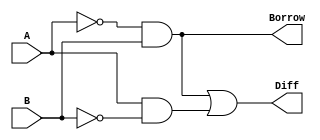
module half_subtractor(A, B, Diff, Borrow);
	input A,B;
	output Diff, Borrow;
	assign Diff = (~A&B)|(A&~B);
	assign Borrow = ~A&B;
endmodule

module full_subtractor(A, B, C, Diff, Borrow);
	input A,B,C;
	output Diff, Borrow;
	wire diff1, borrow1, borrow2;
	half_subtractor h1(A, B, diff1, borrow1);
	half_subtractor h2(diff1, C, Diff, borrow2);
	assign Borrow = borrow1|borrow2;
endmodule

module test;
    reg a,b,c;
    wire diff,borrow;
    full_subtractor g1(a, b, c, diff, borrow);
    
    initial begin
    	$dumpfile("full-subtractor-using-half-subtractor.vcd");
    	$dumpvars(0, test);
    	$display("A\tB\tC\tDiff\tBorrow");
    	$monitor("%b\t%b\t%b\t%b\t%b", a,b,c,diff,borrow);
    	a=0;b=0;c=0;
    	#10 a=0;b=0;c=1;
    	#10 a=0;b=1;c=0;
    	#10 a=0;b=1;c=1;
    	#10 a=1;b=0;c=0;
    	#10 a=1;b=0;c=1;
    	#10 a=1;b=1;c=0;
    	#10 a=1;b=1;c=1;
    	#10 a=0;b=0;c=0;
    	$finish;
    end
endmodule